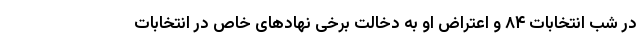
در شب انتخابات ۸۴ و اعتراض او به دخالت برخی نهادهای خاص در انتخابات